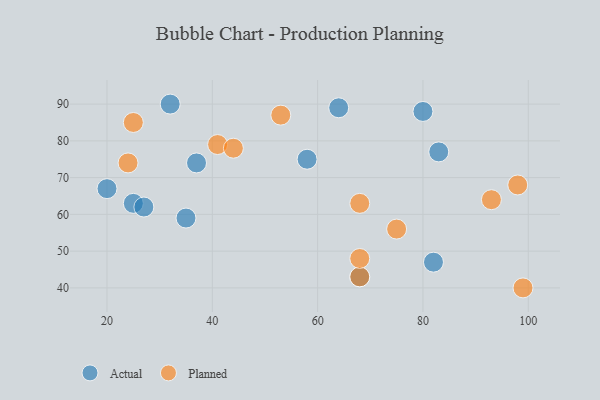
{"axis": {"x": "GDP", "y": "Life Expectancy"}, "legend": ["Actual", "Planned"], "data": [{"x": "68", "y": 43, "type": "Actual"}, {"x": "20", "y": 67, "type": "Actual"}, {"x": "37", "y": 74, "type": "Actual"}, {"x": "82", "y": 47, "type": "Actual"}, {"x": "80", "y": 88, "type": "Actual"}, {"x": "25", "y": 63, "type": "Actual"}, {"x": "64", "y": 89, "type": "Actual"}, {"x": "35", "y": 59, "type": "Actual"}, {"x": "27", "y": 62, "type": "Actual"}, {"x": "32", "y": 90, "type": "Actual"}, {"x": "83", "y": 77, "type": "Actual"}, {"x": "58", "y": 75, "type": "Actual"}, {"x": "41", "y": 79, "type": "Planned"}, {"x": "53", "y": 87, "type": "Planned"}, {"x": "44", "y": 78, "type": "Planned"}, {"x": "98", "y": 68, "type": "Planned"}, {"x": "24", "y": 74, "type": "Planned"}, {"x": "68", "y": 63, "type": "Planned"}, {"x": "75", "y": 56, "type": "Planned"}, {"x": "68", "y": 43, "type": "Planned"}, {"x": "68", "y": 48, "type": "Planned"}, {"x": "93", "y": 64, "type": "Planned"}, {"x": "25", "y": 85, "type": "Planned"}, {"x": "99", "y": 40, "type": "Planned"}]}